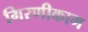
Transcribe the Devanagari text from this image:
गिरणीकाम